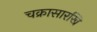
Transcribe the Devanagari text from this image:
चक्रासारखि